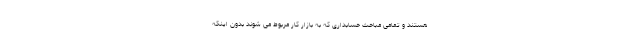
هستند و تمامی مباحث حسابداری که به بازار کار مربوط می شوند بدون اینکه